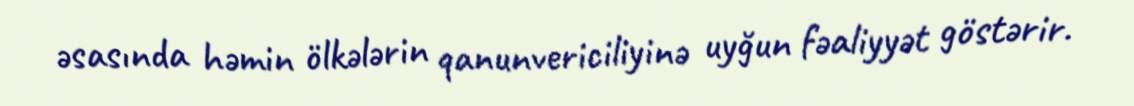
əsasında həmin ölkələrin qanunvericiliyinə uyğun fəaliyyət göstərir.